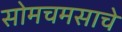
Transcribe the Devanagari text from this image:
सोमचमसाचे